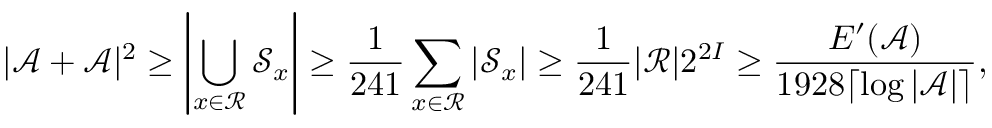
| \mathcal { A } + \mathcal { A } | ^ { 2 } \geq \left| \bigcup _ { x \in \mathcal { R } } \mathcal { S } _ { x } \right| \geq \frac { 1 } { 2 4 1 } \sum _ { x \in \mathcal { R } } \left| \mathcal { S } _ { x } \right| \geq \frac { 1 } { 2 4 1 } | \mathcal { R } | 2 ^ { 2 I } \geq \frac { E ^ { \prime } ( \mathcal { A } ) } { 1 9 2 8 \lceil \log | \mathcal { A } | \rceil } ,